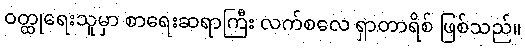
ဝတ္ထုရေးသူမှာ စာရေးဆရာကြီး လက်စလေ ရှာတာရိစ် ဖြစ်သည်။